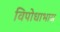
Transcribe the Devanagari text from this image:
विपोधाभास